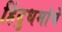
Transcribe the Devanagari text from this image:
हिंदुधर्माचे